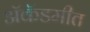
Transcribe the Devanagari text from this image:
ॲकॅडमीत